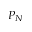
P _ { N }